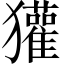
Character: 獾